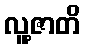
လူ့ဇာတိ